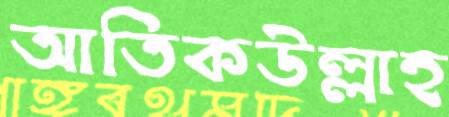
আতিকউল্লাহ